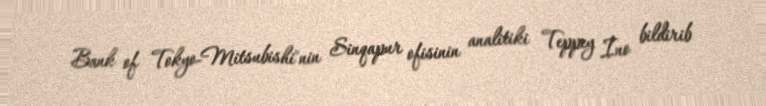
Bank of Tokyo-Mitsubishi"nin Sinqapur ofisinin analitiki Teppey İno bildirib